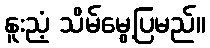
နူးညံ့ သိမ်မွေ့ပြမည်။